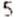
5